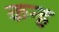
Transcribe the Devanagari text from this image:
कन्ह